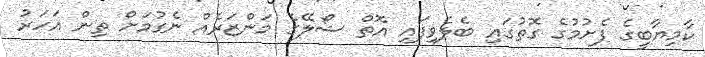
ކާމިޔާބީގެ ފެށުމުގެ ގޮތުގައި ބެލެވިފައި އޮތް ޝޯލޭގެ މަންޒަރެއް ނެގުމަށް ތިން އަހަރު